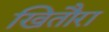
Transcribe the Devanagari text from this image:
खितौरा